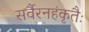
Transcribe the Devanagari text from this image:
सर्वैरनहंकृतैः